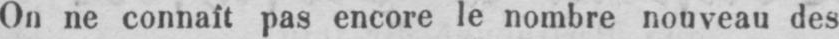
On ne connaît pas encore le nombre nouveau des